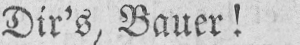
Dir’s, Bauer!